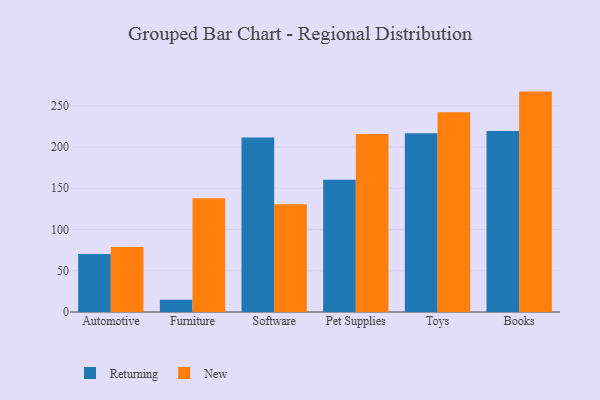
{"axis": {"x": "Category", "y": "Churn Rate (%)"}, "legend": ["New", "Returning"], "data": [{"x": "Automotive", "y": 70.2, "type": "Returning"}, {"x": "Automotive", "y": 78.7, "type": "New"}, {"x": "Furniture", "y": 14.7, "type": "Returning"}, {"x": "Furniture", "y": 138.0, "type": "New"}, {"x": "Software", "y": 211.5, "type": "Returning"}, {"x": "Software", "y": 130.5, "type": "New"}, {"x": "Pet Supplies", "y": 160.4, "type": "Returning"}, {"x": "Pet Supplies", "y": 215.7, "type": "New"}, {"x": "Toys", "y": 216.7, "type": "Returning"}, {"x": "Toys", "y": 242.3, "type": "New"}, {"x": "Books", "y": 219.3, "type": "Returning"}, {"x": "Books", "y": 267.2, "type": "New"}]}